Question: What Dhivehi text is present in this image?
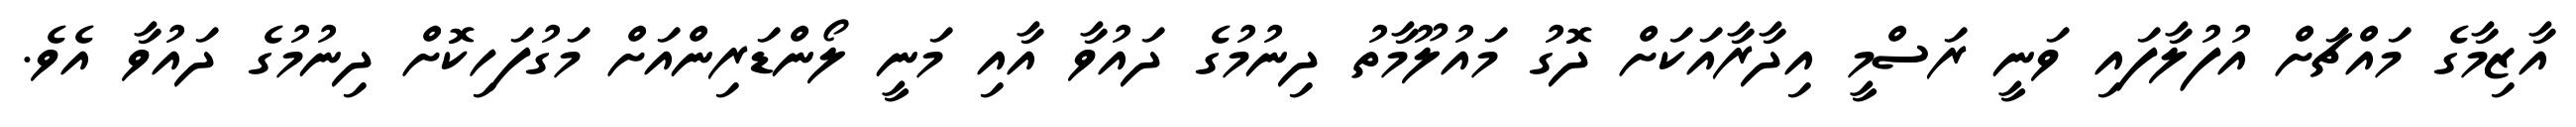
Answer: އާޒިމާގެ މައްޗަށް އުފުލާފައި ވަނީ ރަސްމީ އިދާރާއަކަށް ދޮގު މައުލޫމާތު ދިނުމުގެ ދައުވާ އާއި މަނީ ލޯންޑަރިންއަށް މަގުފަހިކޮށް ދިނުމުގެ ދައުވާ އެވެ.